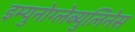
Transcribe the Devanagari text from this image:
इम्युनोग्लेब्युलिनेस